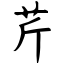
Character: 芹